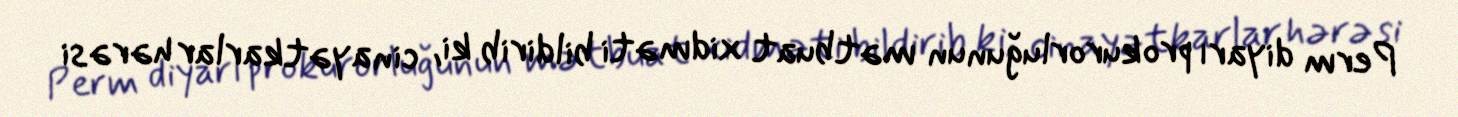
Perm diyarı prokurorluğunun mətbuat xidməti bildirib ki, cinayətkarlar hərəsi